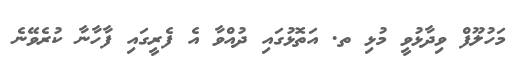
މަހުލޫފް ވިދާޅުވީ މުޅި ތ. އަތޮޅުގައި ދުއްވާ އެ ފެރީގައި ފާހާނާ ކުރެވޭނެ